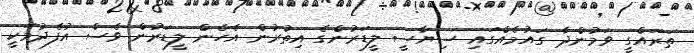
ތަރައްގީ ވަމުންދާ ގައުމެއްގައި ސިޔާސީ ލީޑަރުންގެ އިތުރުން އެހެން ލީޑަރުން ވެސް އުފެދުމަކީ